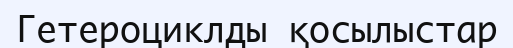
Гетероциклды қосылыстар